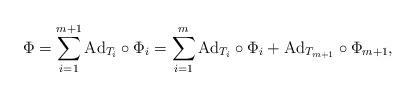
LaTeX: \begin{align*} \Phi=\sum_{i=1}^{m+1}\mathrm{Ad}_{T_i}\circ\Phi_{i} =\sum_{i=1}^m \mathrm{Ad}_{T_i}\circ\Phi_i+\mathrm{Ad}_{T_{m+1}}\circ\Phi_{m+1}, \end{align*}